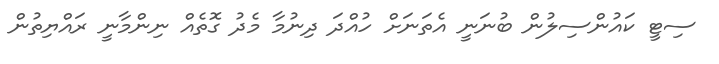
ސިޓީ ކައުންސިލުން ބުނަނީ އެތަނަށް ހުއްދަ ދިނުމާ މެދު ގޮތެއް ނިންމާނީ ރައްޔިތުން